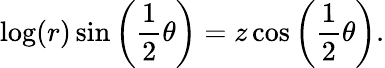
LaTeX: \log(r)\sin\left({\frac{1}{2}}\theta\right)=z\cos\left({\frac{1}{2}}\theta\right).